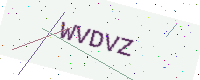
Text: WVDVZ